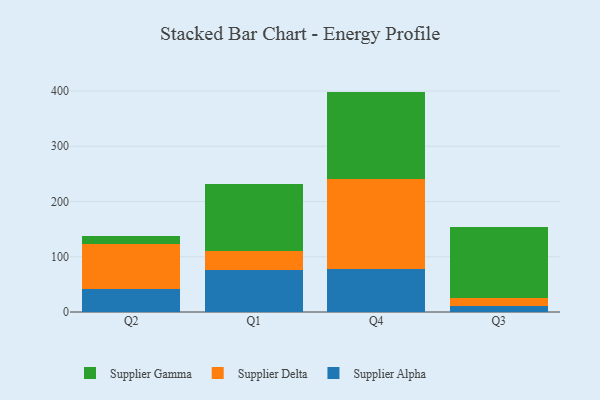
{"axis": {"x": "Quarter", "y": "Humidity (%)"}, "legend": ["Supplier Alpha", "Supplier Delta", "Supplier Gamma"], "data": [{"x": "Q2", "y": 41.0, "type": "Supplier Alpha"}, {"x": "Q2", "y": 82.1, "type": "Supplier Delta"}, {"x": "Q2", "y": 14.9, "type": "Supplier Gamma"}, {"x": "Q1", "y": 76.4, "type": "Supplier Alpha"}, {"x": "Q1", "y": 34.7, "type": "Supplier Delta"}, {"x": "Q1", "y": 120.8, "type": "Supplier Gamma"}, {"x": "Q4", "y": 78.3, "type": "Supplier Alpha"}, {"x": "Q4", "y": 161.8, "type": "Supplier Delta"}, {"x": "Q4", "y": 158.8, "type": "Supplier Gamma"}, {"x": "Q3", "y": 11.1, "type": "Supplier Alpha"}, {"x": "Q3", "y": 14.5, "type": "Supplier Delta"}, {"x": "Q3", "y": 128.0, "type": "Supplier Gamma"}]}